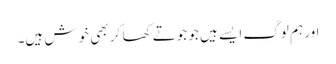
اور ہم لوگ ایسے ہیں جو جوتے کھا کر بھی خوش ہیں۔